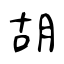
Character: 胡